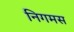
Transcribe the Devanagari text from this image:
निगमस